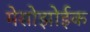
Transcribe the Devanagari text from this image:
मेसोझोईक